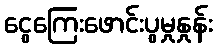
ငွေကြေးဖောင်းပွမှုနှုန်း